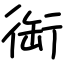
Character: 䘖